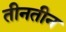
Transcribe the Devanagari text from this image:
तीनतीन